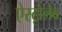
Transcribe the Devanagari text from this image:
ऐस्ट्रोलैब